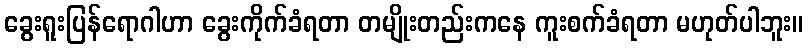
ခွေးရူးပြန်ရောဂါဟာ ခွေးကိုက်ခံရတာ တမျိုးတည်းကနေ ကူးစက်ခံရတာ မဟုတ်ပါဘူး။